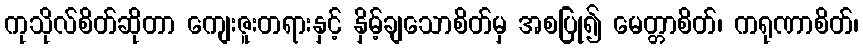
ကုသိုလ်စိတ်ဆိုတာ ကျေးဇူးတရားနှင့် နှိမ့်ချသောစိတ်မှ အစပြု၍ မေတ္တာစိတ်၊ ကရုဏာစိတ်၊